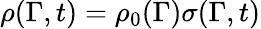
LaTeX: \rho(\Gamma,t)=\rho_{0}(\Gamma)\sigma(\Gamma,t)